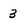
Character: 3